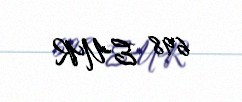
698 EUR